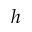
h